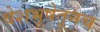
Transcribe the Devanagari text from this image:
वेशभूषेतूनच